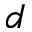
d